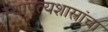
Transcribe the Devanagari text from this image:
स्थापत्यशास्त्रांचा